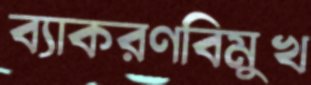
ব্যাকরণবিমুখ